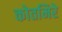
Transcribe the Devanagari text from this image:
कोतमिरे